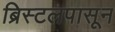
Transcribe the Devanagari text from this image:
ब्रिस्टलपासून